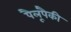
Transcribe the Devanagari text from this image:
पैलूंपैकी